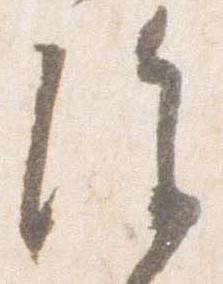
除